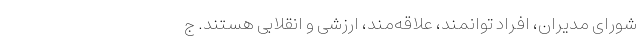
شورای مدیران، افراد توانمند، علاقه‌مند، ارزشی و انقلابی‌ هستند. ج